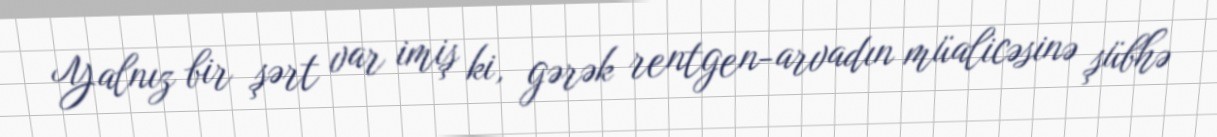
Yalnız bir şərt var imiş ki, gərək rentgen-arvadın müalicəsinə şübhə